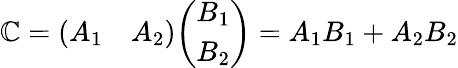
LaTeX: \mathbb{C}={\left(\begin{array}{ll}{A_{1}}&{A_{2}}\end{array}\right)}{\left(\begin{array}{l}{B_{1}}\\ {B_{2}}\end{array}\right)}=A_{1}B_{1}+A_{2}B_{2}